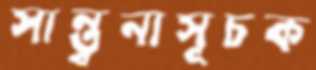
সান্ত্বনাসূচক